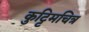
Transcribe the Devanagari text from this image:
कुट्टिमचित्र